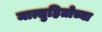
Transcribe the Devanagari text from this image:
मात्सुहितोच्या